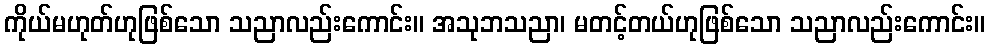
ကိုယ်မဟုတ်ဟုဖြစ်သော သညာလည်းကောင်း။ အသုဘသညာ၊ မတင့်တယ်ဟုဖြစ်သော သညာလည်းကောင်း။